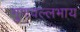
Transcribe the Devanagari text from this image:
गुणवल्लभाय